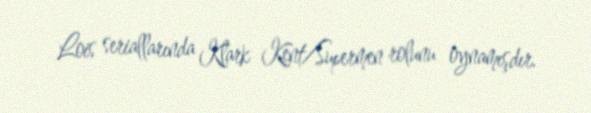
Lois seriallarında Klark Kent/Supermen rolunu oynamışdır.